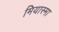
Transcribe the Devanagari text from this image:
मियास्मा